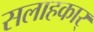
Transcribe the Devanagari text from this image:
सलाहकार्